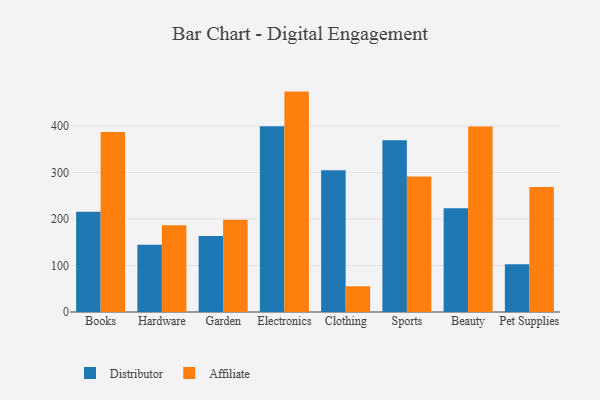
{"axis": {"x": "Category", "y": "Net Income (USD K)"}, "legend": ["Affiliate", "Distributor"], "data": [{"x": "Books", "y": 215.9, "type": "Distributor"}, {"x": "Books", "y": 387.4, "type": "Affiliate"}, {"x": "Hardware", "y": 144.8, "type": "Distributor"}, {"x": "Hardware", "y": 186.4, "type": "Affiliate"}, {"x": "Garden", "y": 163.3, "type": "Distributor"}, {"x": "Garden", "y": 198.5, "type": "Affiliate"}, {"x": "Electronics", "y": 399.5, "type": "Distributor"}, {"x": "Electronics", "y": 474.2, "type": "Affiliate"}, {"x": "Clothing", "y": 305.0, "type": "Distributor"}, {"x": "Clothing", "y": 55.4, "type": "Affiliate"}, {"x": "Sports", "y": 369.3, "type": "Distributor"}, {"x": "Sports", "y": 291.5, "type": "Affiliate"}, {"x": "Beauty", "y": 223.1, "type": "Distributor"}, {"x": "Beauty", "y": 398.9, "type": "Affiliate"}, {"x": "Pet Supplies", "y": 102.9, "type": "Distributor"}, {"x": "Pet Supplies", "y": 269.1, "type": "Affiliate"}]}